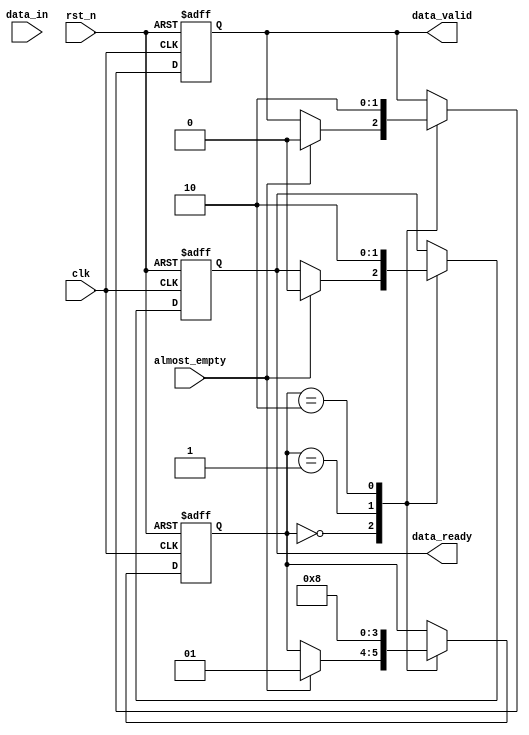
module timing_control_and_sync(
    input wire clk,
    input wire rst_n,
    input wire almost_empty,
    input wire data_in,
    output reg data_valid,
    output reg data_ready
);

reg [1:0] state;

parameter IDLE = 2'b00;
parameter SYNC_DATA = 2'b01;
parameter TRANSFER_DATA = 2'b10;

always @(posedge clk or negedge rst_n) begin
    if (~rst_n) begin
        state <= IDLE;
        data_valid <= 0;
        data_ready <= 0;
    end else begin
        case (state)
            IDLE: begin
                if (almost_empty) begin
                    state <= SYNC_DATA;
                    data_valid <= 0;
                    data_ready <= 0;
                end
            end
            SYNC_DATA: begin
                state <= TRANSFER_DATA;
                data_valid <= 1;
                data_ready <= 1;
            end
            TRANSFER_DATA: begin
                state <= IDLE;
                data_valid <= 0;
                data_ready <= 0;
            end
        endcase
    end
end

endmodule